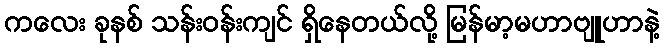
ကလေး ခုနစ် သန်းဝန်းကျင် ရှိနေတယ်လို့ မြန်မာ့မဟာဗျူဟာနဲ့